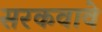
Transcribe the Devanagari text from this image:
सरकवावे